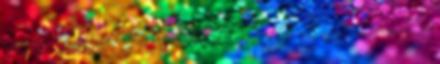
szemetes helyen való horgászat, horgászhoz méltatlan magatartás durva beszéd